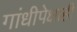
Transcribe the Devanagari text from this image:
गांधीपेक्षाही